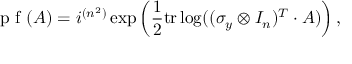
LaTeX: { \textrm { p f } } ( A ) = i ^ { ( n ^ { 2 } ) } \exp \left( { \frac { 1 } { 2 } } \mathrm { t r } \log ( ( \sigma _ { y } \otimes I _ { n } ) ^ { T } \cdot A ) \right) ,